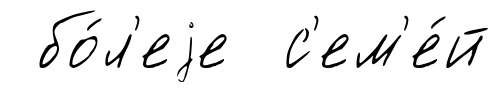
бо́л'еjе с'ем'е́й